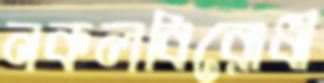
নকলবিরোধী